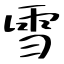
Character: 雪